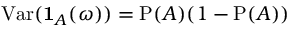
\operatorname { V a r } ( \mathbf { 1 } _ { A } ( \omega ) ) = \operatorname { P } ( A ) ( 1 - \operatorname { P } ( A ) )